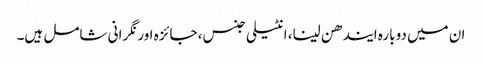
ان میں دوبارہ ایندھن لینا، انٹیلی جنس، جائزہ اور نگرانی شامل ہیں۔